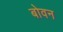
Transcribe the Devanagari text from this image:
बोवन